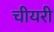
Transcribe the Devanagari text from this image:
चीयरी